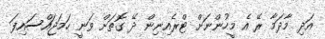
އަދި މާދަމާ ރޭ އެ މީހުންނަށް ޓްރެއިނިން ދޭ ގޮތަށް ވަނީ ހަމަޖައްސައިފަ